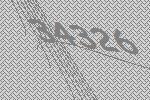
34326